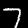
Digit: 7